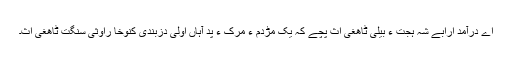
اے درآمد ارابے شہ ہجت ءَ بیلی ٹاھغی اث پچے کہ یک مڑدم ءِ مرک ءِ پد آہاں اوّلی دزبندی کنوخا راوثی سنگت ٹاھغی اث۔